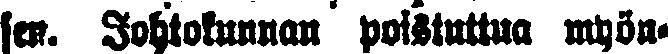
sen. Johtokunnan poistuttua myön-